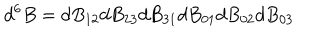
LaTeX: d ^ { 6 } B = d B _ { 1 2 } d B _ { 2 3 } d B _ { 3 1 } d B _ { 0 1 } d B _ { 0 2 } d B _ { 0 3 }